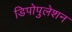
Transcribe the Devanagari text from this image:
डिपोपुलेशन